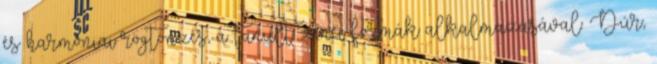
és harmóniai rögtönzés, a tanult zenei formák alkalmazásával. Dúr,